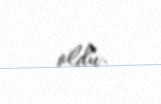
oldu.